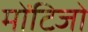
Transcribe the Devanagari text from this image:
मोंटिजो